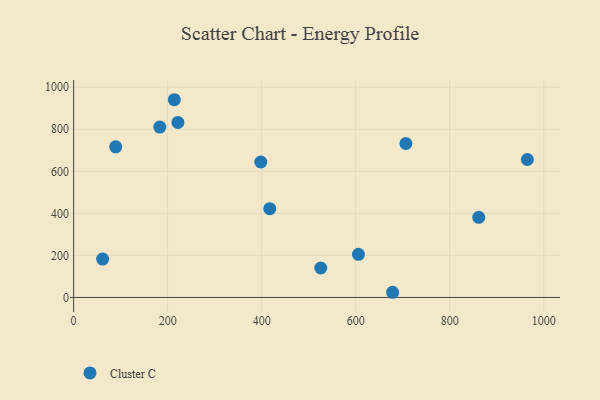
{"axis": {"x": "Price", "y": "Rating"}, "legend": ["Cluster C"], "data": [{"x": "214.2", "y": 940.4, "type": "Cluster C"}, {"x": "605.9", "y": 205.1, "type": "Cluster C"}, {"x": "183.4", "y": 810.5, "type": "Cluster C"}, {"x": "417.3", "y": 422.0, "type": "Cluster C"}, {"x": "525.7", "y": 140.0, "type": "Cluster C"}, {"x": "861.8", "y": 381.1, "type": "Cluster C"}, {"x": "61.7", "y": 182.3, "type": "Cluster C"}, {"x": "221.8", "y": 832.4, "type": "Cluster C"}, {"x": "678.6", "y": 24.6, "type": "Cluster C"}, {"x": "965.2", "y": 656.2, "type": "Cluster C"}, {"x": "706.8", "y": 732.2, "type": "Cluster C"}, {"x": "89.5", "y": 716.6, "type": "Cluster C"}, {"x": "398.1", "y": 644.1, "type": "Cluster C"}]}